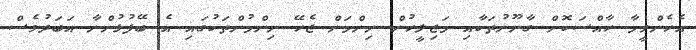
އެހެންވީމާ ހާއްސަކޮށް ގާނޫނުތަކާއި މަޖިލީހުން ނިންމަން ޖެހޭ ނިންމުންތަކުގައި އެ ބޭފުޅުންނާ އަބަދުވެސް